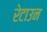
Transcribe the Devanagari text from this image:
रेटाउन